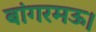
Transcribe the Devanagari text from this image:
बांगरमऊ।